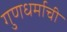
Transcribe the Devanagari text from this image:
गुणधर्माची